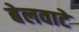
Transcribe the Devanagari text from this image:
बेलवाटे